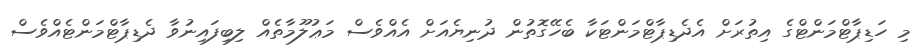
މި ހަޑިޕާޓްމަންޓްގެ އިތުރަށް އެދެޑިޕާޓްމަންޓަކާ ބެހޭގޮތުން ދުނިޔެއަށް އެއްވެސް މަޢުލޫމާތެއް ލިބިފައިނުވާ ދެޑިޕާޓްމަންޓެއްވެސް